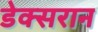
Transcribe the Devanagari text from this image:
डेक्सरान